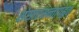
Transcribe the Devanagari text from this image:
संसारसन्तापहृत्